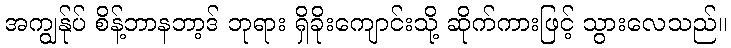
အကျွန်ုပ် စိန့်ဘာနဘာ့ဒ် ဘုရား ရှိခိုးကျောင်းသို့ ဆိုက်ကားဖြင့် သွားလေသည်။